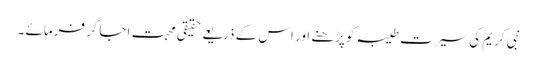
نبی کریم کی سیرت طیبہ کوپڑھنے اور اس کے ذریعے حقیقی محبت اجاگر فرمائے ۔